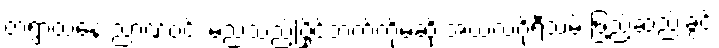
တရွာထဲနေ ညာဏ်ဝင်း မည်သည့်ပြိုင်ဘက်ကိုမဆို အယ်လဂိုရီသမ် ဖြည့်ဆည်းခွင့်